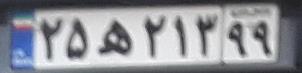
۲۵ه۲۱۳۹۹